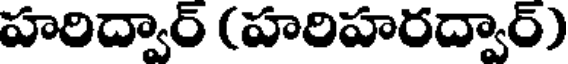
హరిద్వార్ (హరిహరద్వార్)